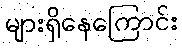
များရှိနေကြောင်း